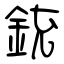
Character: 銃